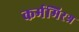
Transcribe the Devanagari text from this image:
कर्ममिरश्र